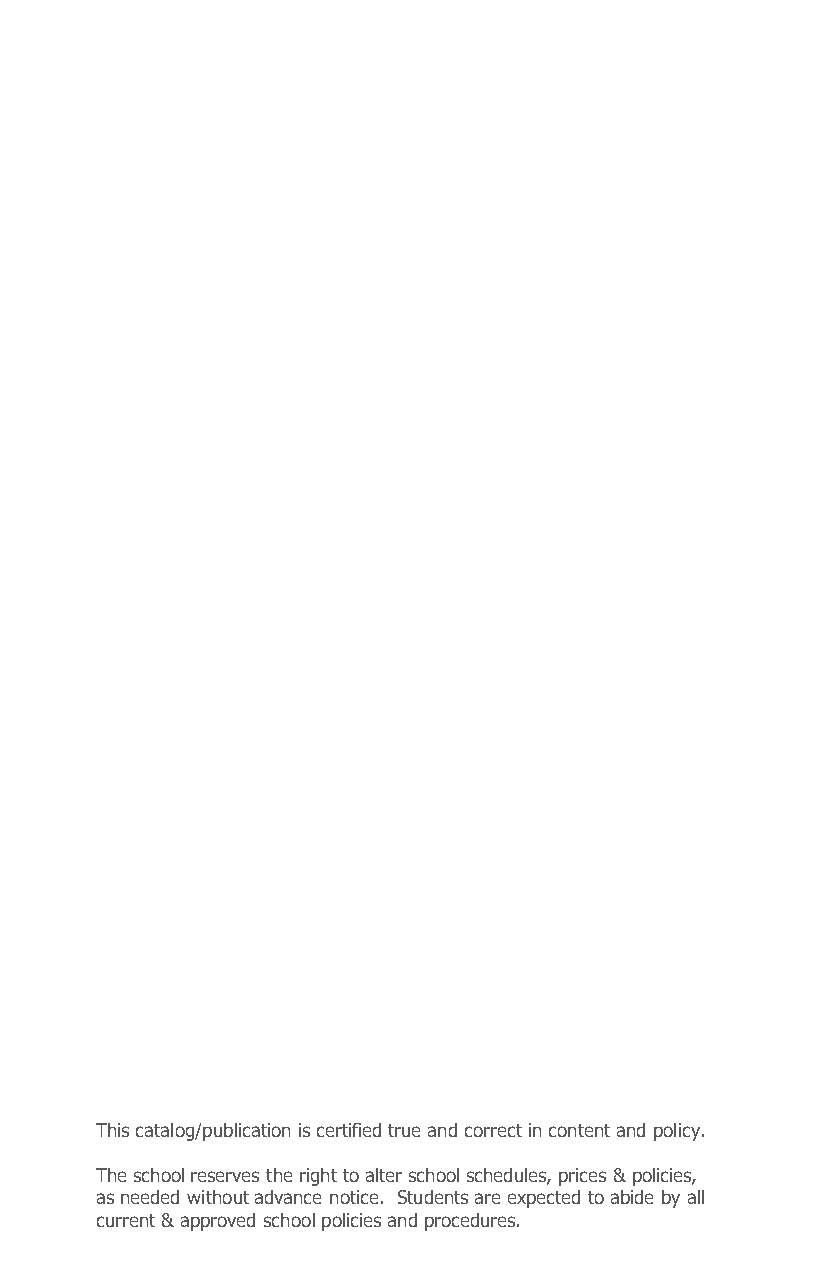
This catalog/publication is certified true and correct in content and policy.
 The school reserves the right to alter school schedules, prices & policies,
 as needed without advance notice. Students are expected to abide by all
 current & approved school policies and procedures.